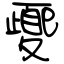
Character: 夒